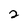
Character: 2